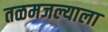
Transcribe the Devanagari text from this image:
तळमजल्याला